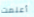
أعلمت